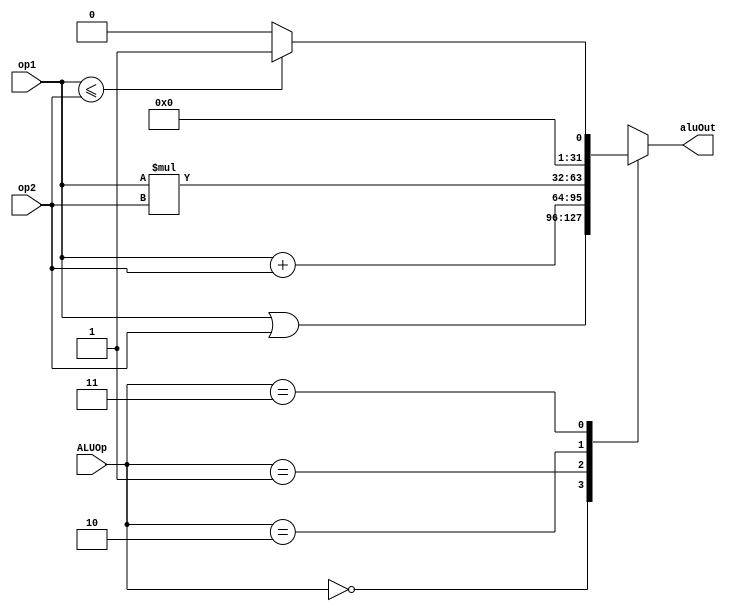
`timescale 1ns / 1ps
//////////////////////////////////////////////////////////////////////////////////
// Company: 
// Engineer: 
// 
// Design Name: 
// Module Name: ALU
// Project Name: 
// Target Devices: 
// Tool Versions: 
// Description: 
// 
// Dependencies: 
// 
// Revision:
// Revision 0.01 - File Created
// Additional Comments:
// 
//////////////////////////////////////////////////////////////////////////////////


module ALU (
    input [31:0] op1,
    input [31:0] op2,
    input [1:0] ALUOp,
    output reg [31:0] aluOut
    );
    
    reg carry;
    
    
    
    always @(*)
    begin
        carry = 0;
        case(ALUOp)
            2'b00:begin
                aluOut = op1 | op2;
            end
            2'b01:begin
                {carry,aluOut} = op1 + op2;
            end
            2'b10:begin
                aluOut = op1*op2;
            end             
            2'b11:begin
         //   aluOut = op1 + op2;
                if(op1 <= op2)
                    aluOut = 32'b1;
                 else
                    aluOut = 32'b0;
            end
            default:begin
                aluOut = 0;
            end
        endcase
    end
    
endmodule